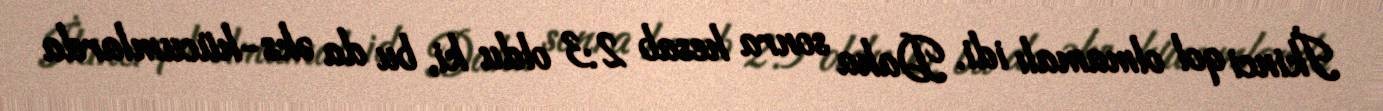
İkinci qol olmamalı idi. Daha sonra hesab 2:3 oldu ki, bu da əks-hücumlarda